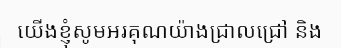
យើងខ្ញុំសូមអរគុណយ៉ាងជ្រាលជ្រៅ និង